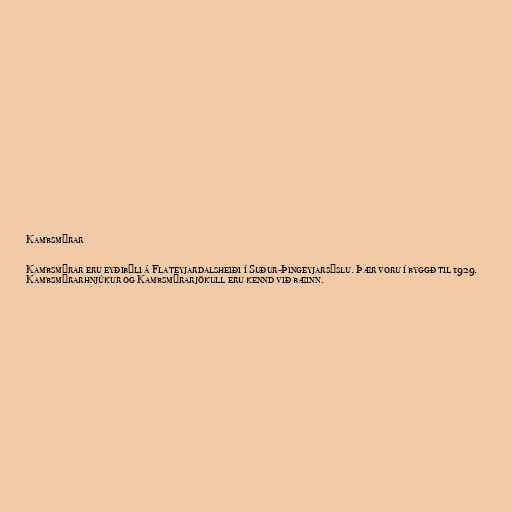
Kambsmýrar

Kambsmýrar eru eyðibýli á Flateyjardalsheiði í Suður-Þingeyjarsýslu. Þær voru í byggð til 1929.
Kambsmýrarhnjúkur og Kambsmýrarjökull eru kennd við bæinn.